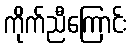
ကိုက်ညီကြောင်း